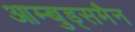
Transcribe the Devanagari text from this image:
आम्बुड्समैन